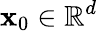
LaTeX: \mathbf{x}_{0}\in\mathbb{R}^{d}